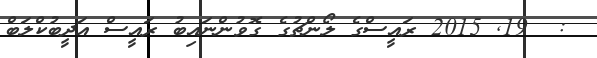
:  19